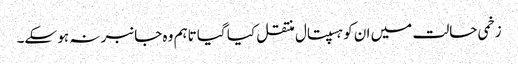
زخمی حالت میں ان کو ہسپتال منتقل کیا گیا تاہم وہ جانبر نہ ہو سکے۔